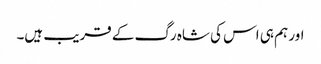
اور ہم ہی اس کی شاہ رگ کے قریب ہیں۔